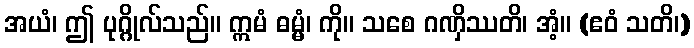
အယံ၊ ဤ ပုဂ္ဂိုလ်သည်။ ဣမံ ဓမ္မံ၊ ကို။ သစေ ဂဏှိဿတိ၊ အံ့။ (ဧဝံ သတိ၊)